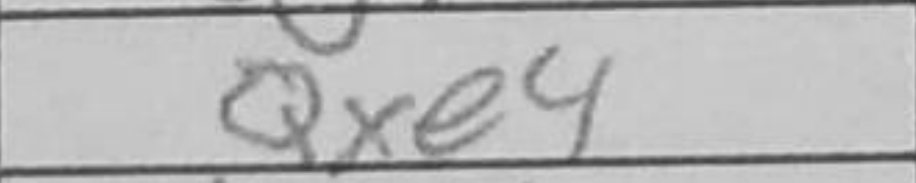
Transcription: Qxe4